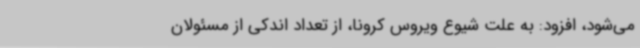
می‌شود، افزود: به علت شیوع ویروس کرونا، از تعداد اندکی از مسئولان